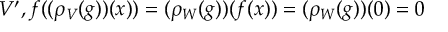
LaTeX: V ^ { \prime } , f ( ( \rho _ { V } ( g ) ) ( x ) ) = ( \rho _ { W } ( g ) ) ( f ( x ) ) = ( \rho _ { W } ( g ) ) ( 0 ) = 0